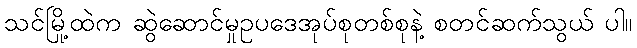
သင်မြို့ထဲက ဆွဲဆောင်မှုဥပဒေအုပ်စုတစ်စုနဲ့ စတင်ဆက်သွယ် ပါ။